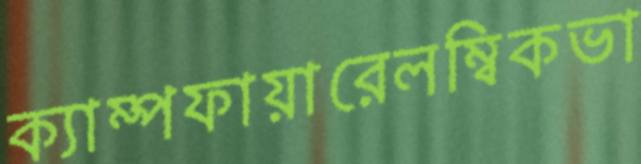
ক্যাম্পফায়ারেলম্বিকভা